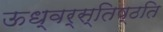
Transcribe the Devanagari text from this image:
ऊध्वर्स्तिष्ठति